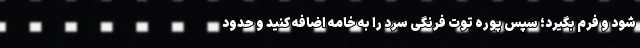
شود و فرم بگیرد؛ سپس پوره توت فرنگی سرد را به خامه اضافه کنید و حدود